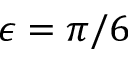
\epsilon = \pi / 6